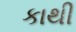
કાથી